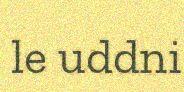
le uddni